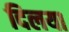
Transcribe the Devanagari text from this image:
दिलया